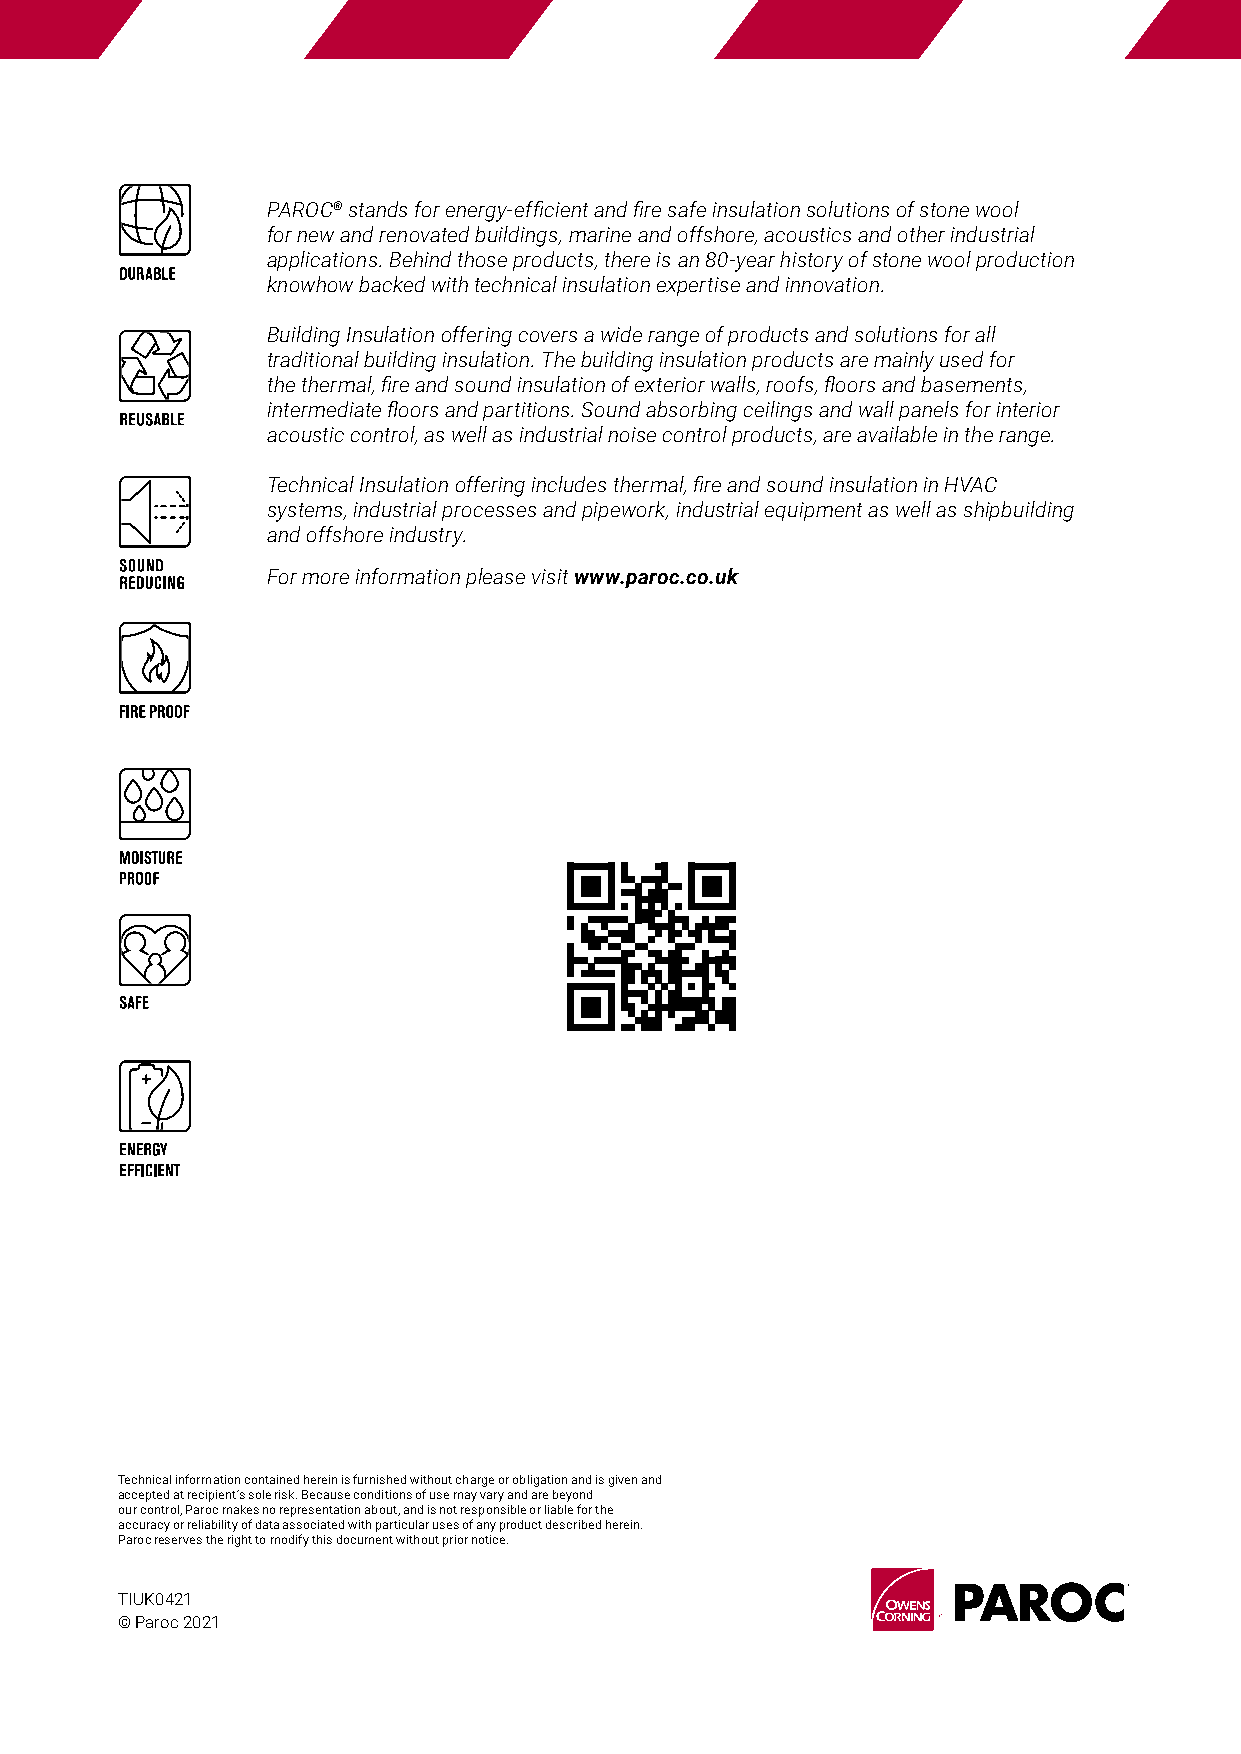
PAROC® stands for energy-efficient and fire safe insulation solutions of stone wool
 for new and renovated buildings, marine and offshore, acoustics and other industrial
 applications. Behind those products, there is an 80-year history of stone wool production
 knowhow backed with technical insulation expertise and innovation.
 Building Insulation offering covers a wide range of products and solutions for all
 traditional building insulation. The building insulation products are mainly used for
 the thermal, fire and sound insulation of exterior walls, roofs, floors and basements,
 intermediate floors and partitions. Sound absorbing ceilings and wall panels for interior
 acoustic control, as well as industrial noise control products, are available in the range.
 Technical Insulation offering includes thermal, fire and sound insulation in HVAC
 systems, industrial processes and pipework, industrial equipment as well as shipbuilding
 and offshore industry.
 For more information please visit www.paroc.co.uk
 Technical information contained herein is furnished without charge or obligation and is given and
 accepted at recipient’s sole risk. Because conditions of use may vary and are beyond
 our control, Paroc makes no representation about, and is not responsible or liable for the
 accuracy or reliability of data associated with particular uses of any product described herein.
 Paroc reserves the right to modify this document without prior notice.
 TIUK0421
 © Paroc 2021